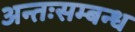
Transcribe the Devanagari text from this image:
अन्तःसम्बन्ध